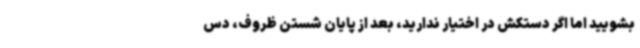
بشویید اما اگر دستکش در اختیار ندارید، بعد از پایان شستن ظروف، دس